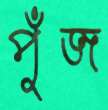
পুঁজ